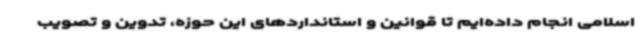
اسلامی انجام داده‌ایم تا قوانین و استانداردهای این حوزه، تدوین و تصویب